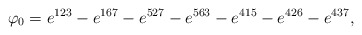
\begin{align*} \varphi_0= e^{123} -e^{167} -e^{527} -e^{563} -e^{415} -e^{426} -e^{437},\end{align*}